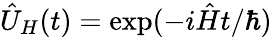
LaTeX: \hat{U}_{H}(t)=\exp(-i\hat{H}t/\hbar)